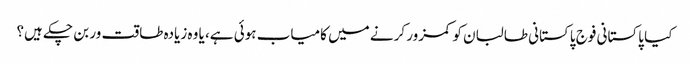
کیا پاکستانی فوج پاکستانی طالبان کو کمزور کرنے میں کامیاب ہوئی ہے، یا وہ زیادہ طاقت ور بن چکے ہیں؟